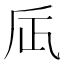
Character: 𠂮